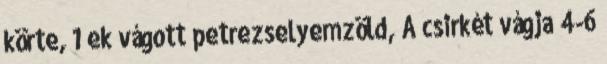
körte, 1 ek vágott petrezselyemzöld, A csirkét vágja 4-6